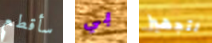
سأقطع بي لتجهيز